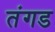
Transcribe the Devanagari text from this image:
तंगड